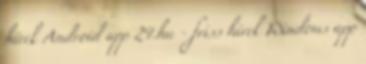
hírek Android app 24.hu - friss hírek Windows app